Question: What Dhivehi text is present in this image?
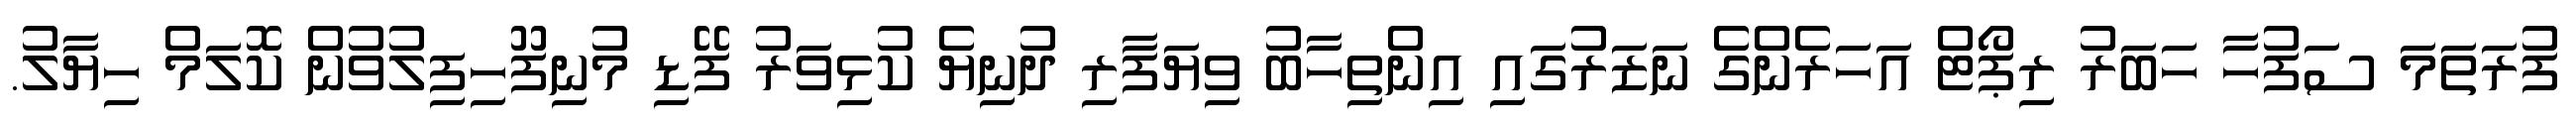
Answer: ފުރަތަމަ ސަފުހާ ހަބަރު ރިޕޯޓް އަހަރެންގެ ނަޒަރުގައި އިންތިހާބު ވިޔަފާރި ދުނިޔެ ކުޅިވަރު ފޭޑި މުނިފޫހިފިލުވުން ކޮލަމް ހިޔާލު.